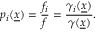
p _ { i } ( \underline { { x } } ) = \frac { f _ { i } } { f } = \frac { \gamma _ { i } ( \underline { { x } } ) } { \gamma ( \underline { { x } } ) } .